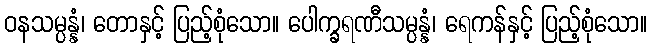
ဝနသမ္ပန္နံ၊ တောနှင့် ပြည့်စုံသော။ ပေါက္ခရဏီသမ္ပန္နံ၊ ရေကန်နှင့် ပြည့်စုံသော။